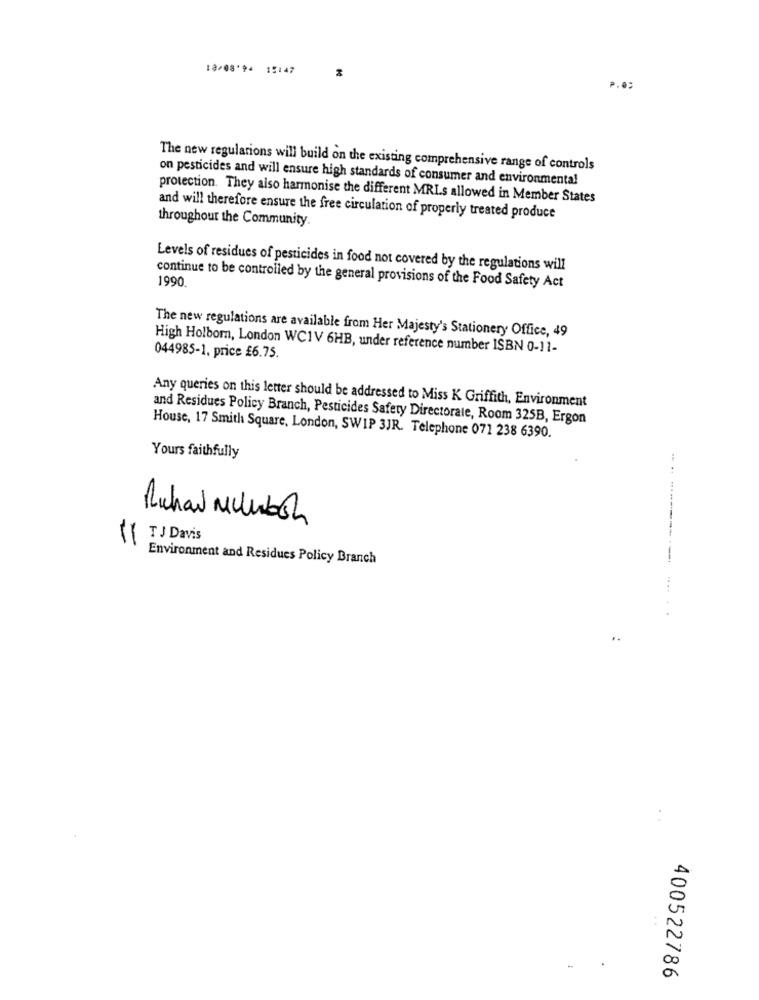
10/08'94 15:47
P.0:
The new regulations will build on the existing comprehensive range of controls
on pesticides and will ensure high standards of consumer and environmental
protection. They also harmonise the different MRLs allowed in Member States
throughour the Community.
and will therefore ensure the free circulation of properly treated produce
Levels of residues of pesticides in food not covered by the regulations will
1990.
continue to be controlled by the general provisions of the Food Safety Act
The new regulations are available from Her Majesty's Stationery Office, 49
High Holborn, London WC1V 6HB, under reference number ISBN 0-11-
044985-1. price £6.75.
Any queries on this letter should be addressed to Miss K Griffith, Environment
and Residues Policy Branch, Pesticides Safety Directorate, Room 325B, Ergon
House, 17 Smith Square, London, SWIP 3JR. Telephone 071 238 6390.
Yours faithfully
-
Richard Milhboh
11
T J Davis
Environment and Residues Policy Branch
..
..
400522786